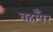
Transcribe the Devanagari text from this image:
वहाँपर